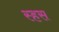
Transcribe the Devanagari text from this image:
स्हस